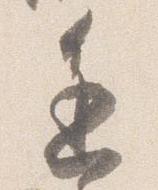
進